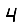
Digit: 4